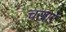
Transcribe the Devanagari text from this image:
चखाएॅ